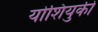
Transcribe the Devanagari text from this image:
योशियुकी